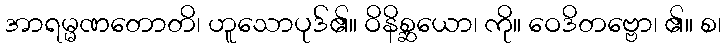
အာရမ္မဏတောတိ၊ ဟူသောပုဒ်၏။ ဝိနိစ္ဆယော၊ ကို။ ဝေဒိတဗ္ဗော၊ ၏။ စ၊